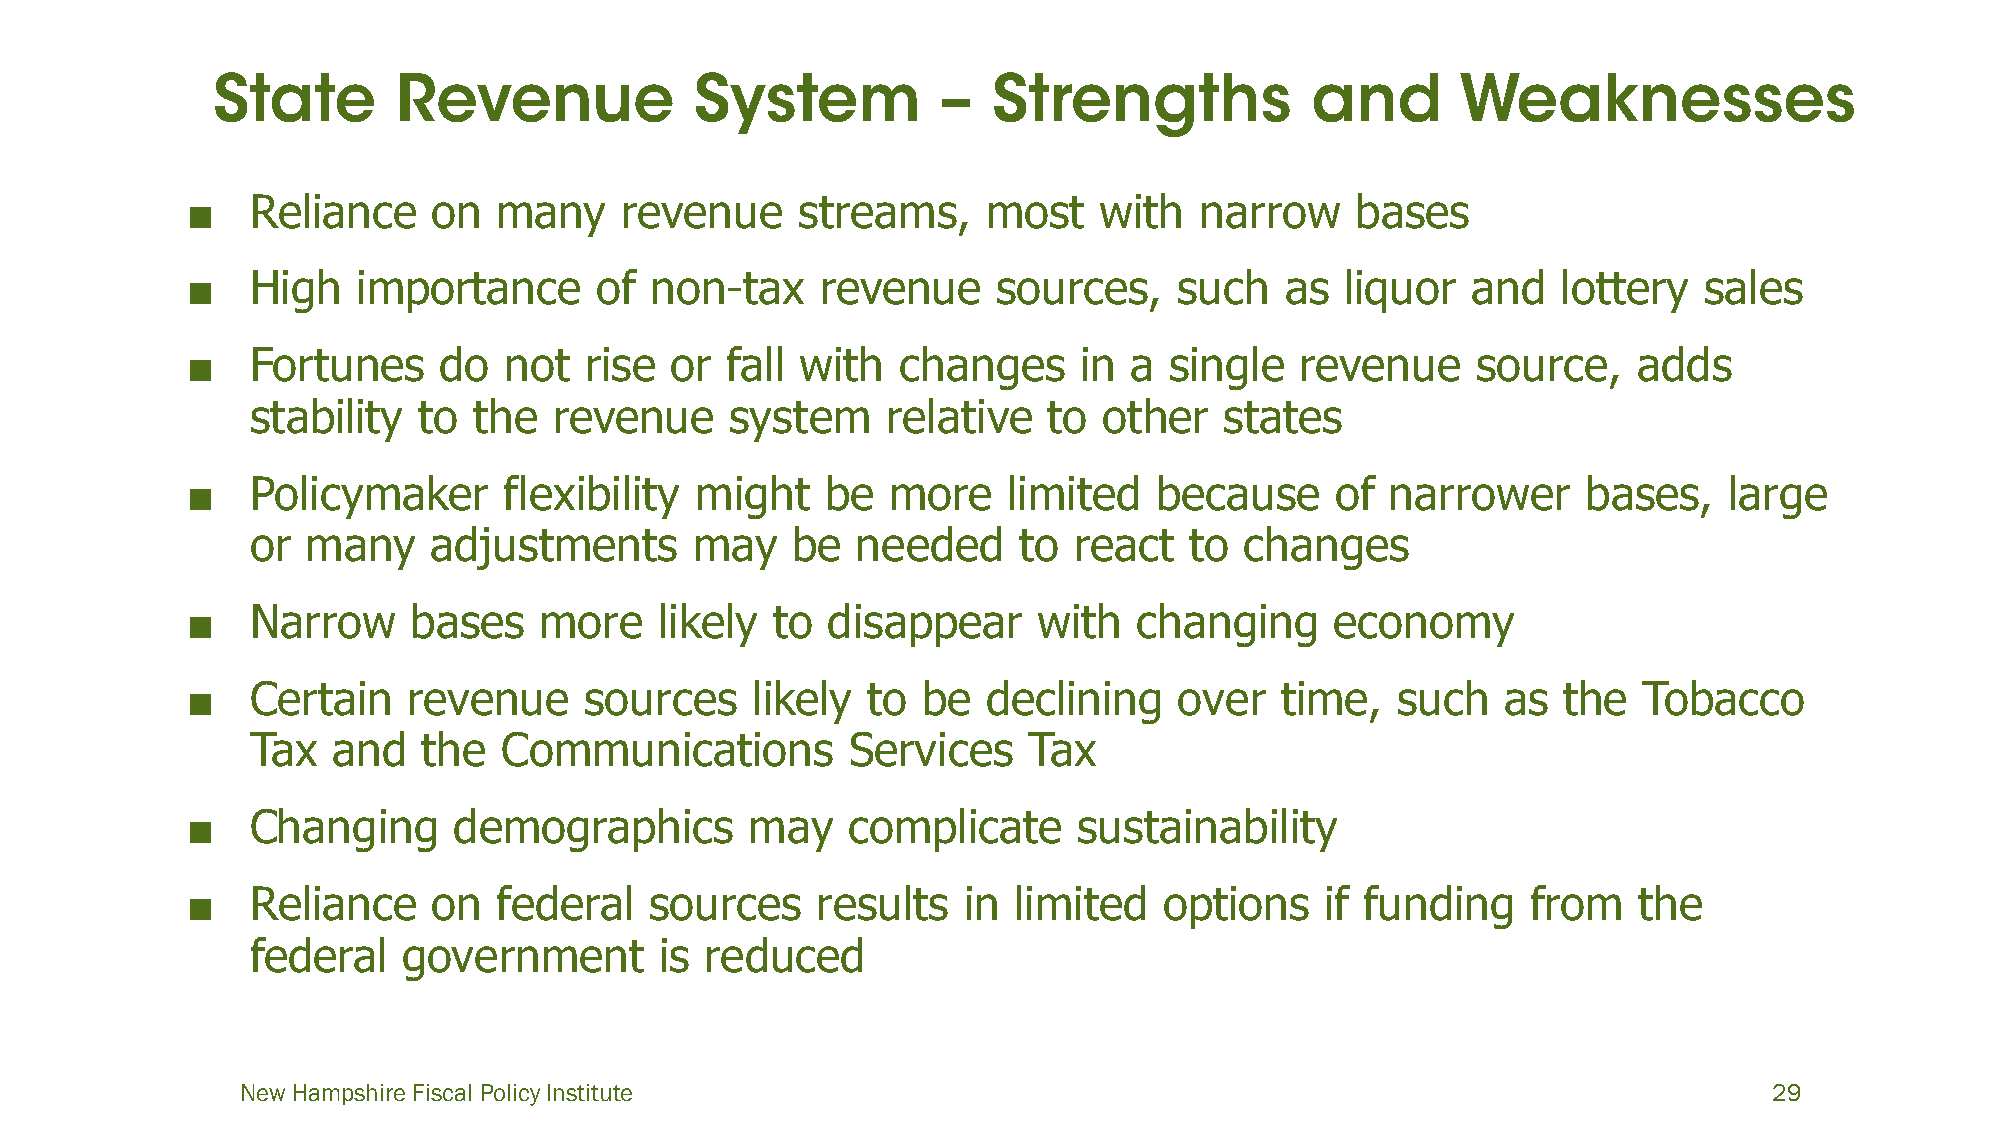
■    Reliance    on  many    revenue     streams,    most    with  narrow     bases
 ■    High   importance     of  non-tax    revenue     sources,    such   as  liquor  and   lottery   sales
 ■    Fortunes    do  not   rise or  fall with   changes    in  a single   revenue     source,   adds
 stability  to the   revenue    system     relative  to  other   states
 ■    Policymaker     flexibility  might    be  more    limited  because     of  narrower     bases,   large
 or many    adjustments       may   be   needed    to  react   to changes
 ■    Narrow    bases    more    likely to  disappear     with  changing     economy
 ■    Certain   revenue     sources    likely to  be  declining    over   time,  such    as the   Tobacco
 Tax  and   the  Communications         Services    Tax
 ■    Changing     demographics        may   complicate     sustainability
 ■    Reliance    on  federal   sources    results   in limited   options    if funding   from   the
 federal   government       is reduced
 New Hampshire Fiscal Policy Institute                                                                29